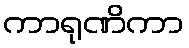
ကာရုဏိကာ